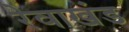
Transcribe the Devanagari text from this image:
रेवाखंड